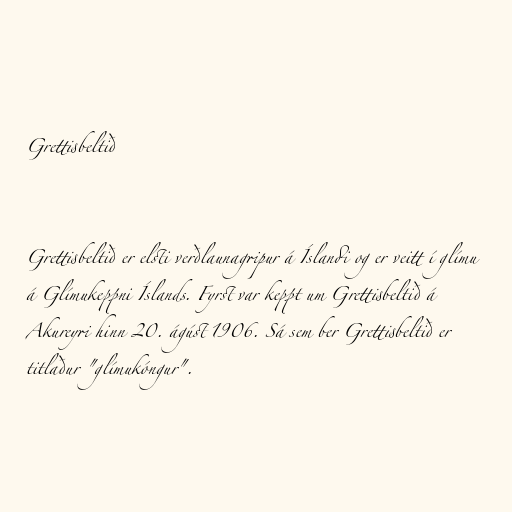
Grettisbeltið

Grettisbeltið er elsti verðlaunagripur á Íslandi og er veitt í glímu
á Glímukeppni Íslands. Fyrst var keppt um Grettisbeltið á
Akureyri hinn 20. ágúst 1906. Sá sem ber Grettisbeltið er
titlaður "glímukóngur".